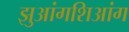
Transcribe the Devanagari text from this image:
झुआंगशिआंग